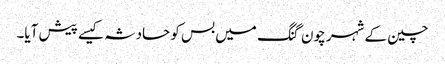
چین کے شہر چون گنگ میں بس کو حادثہ کیسے پیش آیا۔